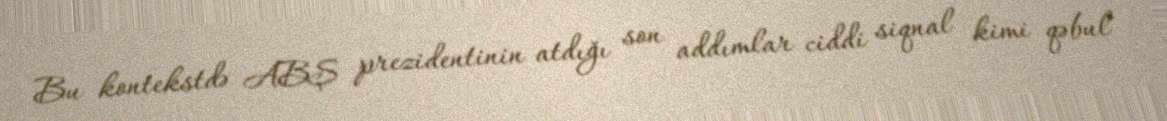
Bu kontekstdə ABŞ prezidentinin atdığı son addımlar ciddi siqnal kimi qəbul